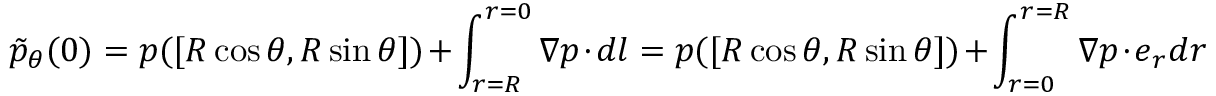
\tilde { p } _ { \theta } ( \boldsymbol { 0 } ) = p ( [ R \cos \theta , R \sin \theta ] ) + \int _ { r = R } ^ { r = 0 } \boldsymbol { \nabla } p \cdot \boldsymbol { d l } = p ( [ R \cos \theta , R \sin \theta ] ) + \int _ { r = 0 } ^ { r = R } \boldsymbol { \nabla } p \cdot \boldsymbol { e } _ { r } d r